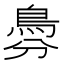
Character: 𩿉